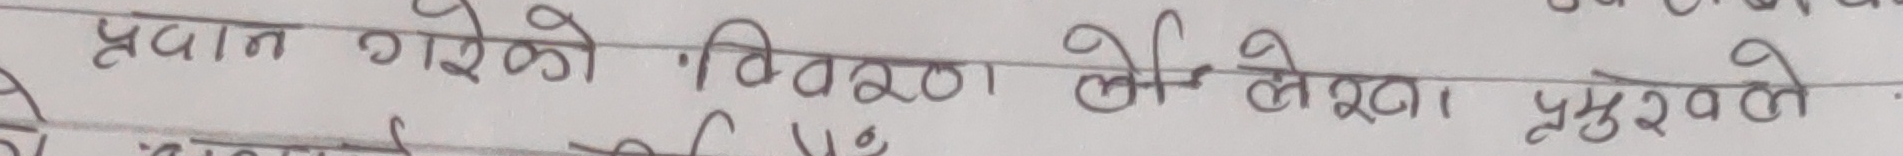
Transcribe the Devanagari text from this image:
प्रदान गरेको विवरण ली लेखा पुग्छौ